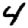
Digit: 4